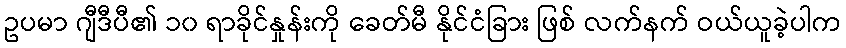
ဥပမာ ဂျီဒီပီ၏ ၁၀ ရာခိုင်နှုန်းကို ခေတ်မီ နိုင်ငံခြား ဖြစ် လက်နက် ဝယ်ယူခဲ့ပါက